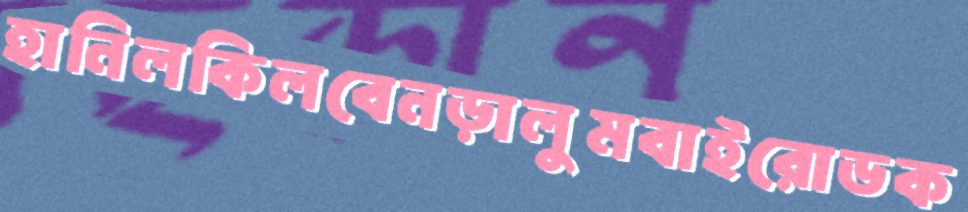
হানিলকিলবেনড়ালুমবাইরোডক